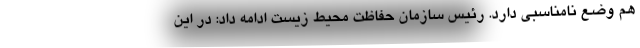
هم وضع نامناسبی دارد. رئیس سازمان حفاظت محیط زیست ادامه داد: در این